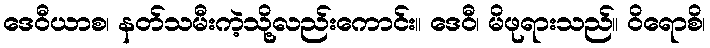
ဒေဝီယာစ၊ နတ်သမီးကဲ့သို့လည်းကောင်း။ ဒေဝီ၊ မိဖုရားသည်။ ဝိရောစိ၊